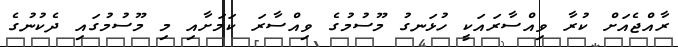
ރާއްޖެއަށް ކުރާ ވިއްސާރައަކީ ހުޅަނގު މޫސުމުގެ ވިއްސާރަ ކަމަށާއި މި މޫސުމުގައި ދެކުނުގެ